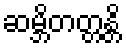
ဆမ္ဘိတတ္တန္တိ